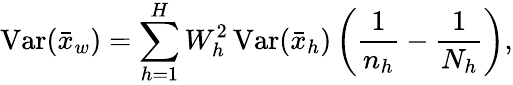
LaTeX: \operatorname{Var}({\bar{x}}_{w})=\sum_{h=1}^{H}W_{h}^{2}\operatorname{Var}({\bar{x}}_{h})\left({\frac{1}{n_{h}}}-{\frac{1}{N_{h}}}\right),